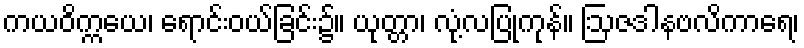
ကယဝိက္ကယေ၊ ရောင်းဝယ်ခြင်း၌။ ယုတ္တာ၊ လုံ့လပြုကုန်။ ဩဇဒါနဗလိကာရေ၊